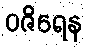
ဝဇိရေန